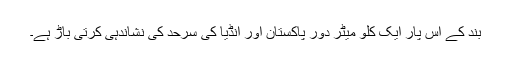
بند کے اس پار ایک کلو میٹر دور پاکستان اور انڈیا کی سرحد کی نشاندہی کرتی باڑ ہے۔